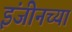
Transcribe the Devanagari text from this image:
इंजीनच्या